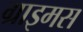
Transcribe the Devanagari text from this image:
ग्राइमस